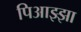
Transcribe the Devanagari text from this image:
पिआझ्झा